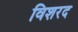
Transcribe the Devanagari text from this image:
विशरद